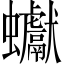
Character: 𧖃